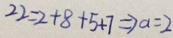
2 2 = 2 + 8 + 5 + 7 \Rightarrow a = 2